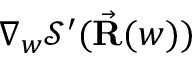
\nabla _ { w } \mathcal { S } ^ { \prime } ( \vec { \bf R } ( w ) )